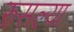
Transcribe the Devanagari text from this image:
रुसल्या